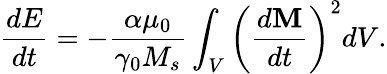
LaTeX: \frac{dE}{dt}=-\frac{\alpha\mu_{0}}{\gamma_{0}M_{s}}\int_{V}\left(\frac{d\mathbf{M}}{dt}\right)^{2}dV.